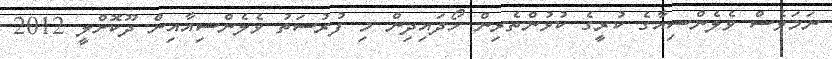
ނަމަވެސް ވެލެންސިއާގެ ކުރީގެ ކުޅުންތެރިން ހޯދައިދިން މި ފުރުސަތު ވެލެންސިއާއިން ދޫކޮށްލީ 2012